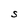
Character: S